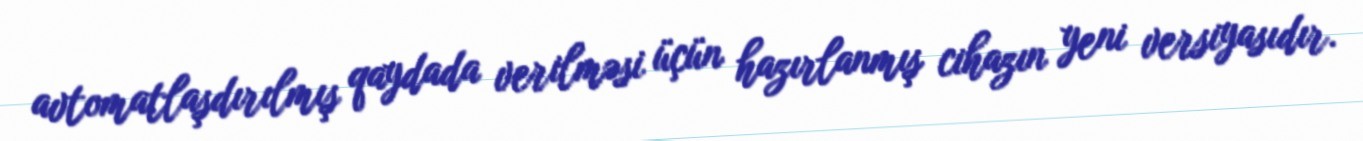
avtomatlaşdırılmış qaydada verilməsi üçün hazırlanmış cihazın yeni versiyasıdır.